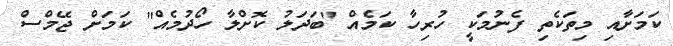
ކަމަށާއި މިތަކެތި ފެނުމަކީ ހުރިހާ ކަމެއް "ބަދަލު ކޮށްލާ ހޯދުމެއް" ކަމަށް ޖޭމްސް